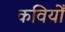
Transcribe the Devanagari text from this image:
कवियोँ